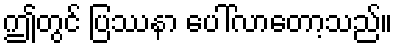
ဤတွင် ပြဿနာ ပေါ်လာတော့သည်။